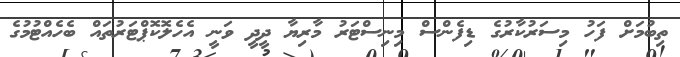
ތިބުމަށް ފަހު މިސަރުކާރުގެ ޑިފެންސް މިނިސްޓަރު މާރިޔާ ދީދީ ވަނީ އެހެލޮކޮޕްޓަރުތައް ބެހެއްޓުމުގެ